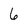
Character: 6